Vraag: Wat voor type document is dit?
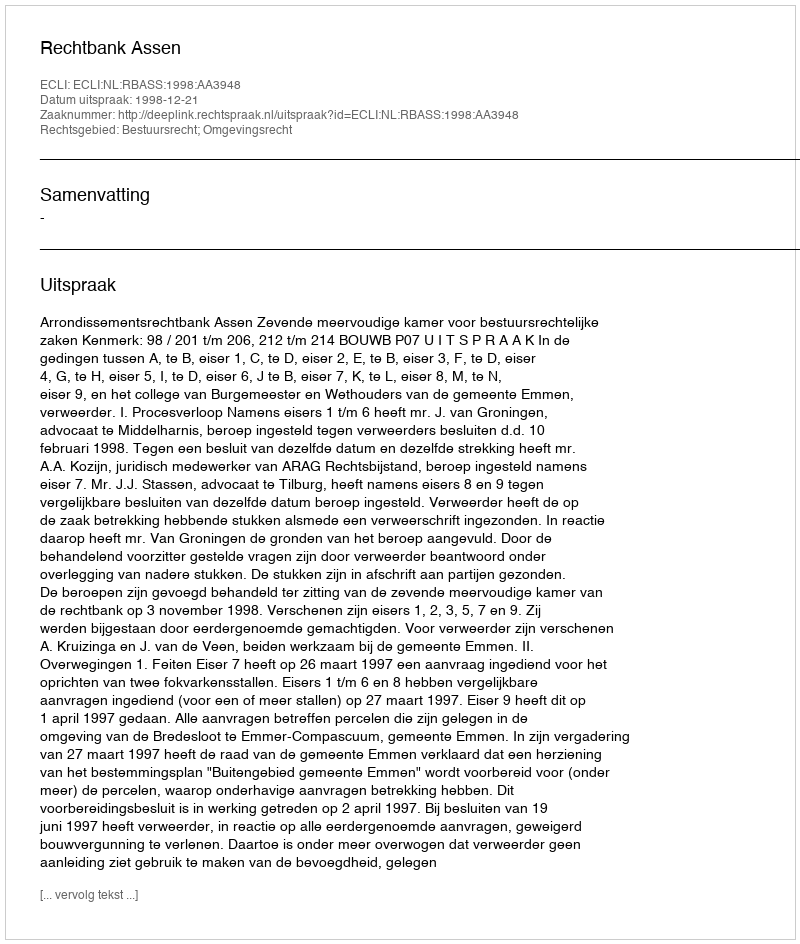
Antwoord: Uitspraak